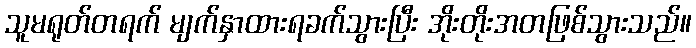
သူမရုတ်တရက် မျက်နှာထားရခက်သွားပြီး အိုးတိုးအတဖြစ်သွားသည်။